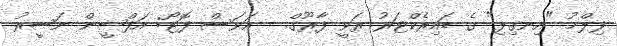
ފިލްމު "އިނގިލި" ގެ ޑައިރެކްޓަރު ރަވީ ފާރޫގް. --އަވަސް ފޮޓޯ: އަފްޝީން ނަސީރު